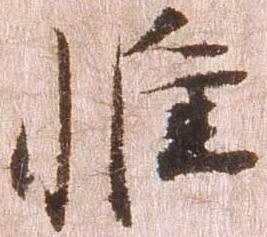
惟